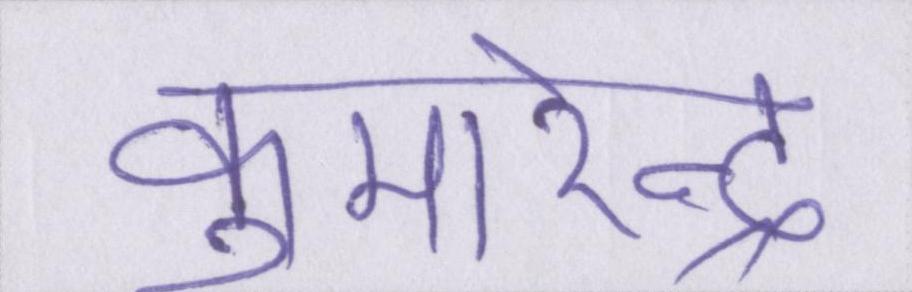
कुमारेन्द्र